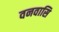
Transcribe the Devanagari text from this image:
वनवासि